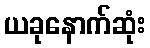
ယခုနောက်ဆုံး